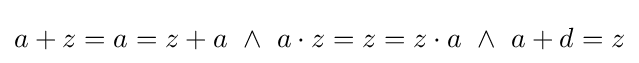
a+z=a=z+a~\land ~a\cdot z=z=z\cdot a~\land ~a+d=z